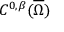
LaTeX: C ^ { 0 , \beta } ( { \overline { { \Omega } } } )